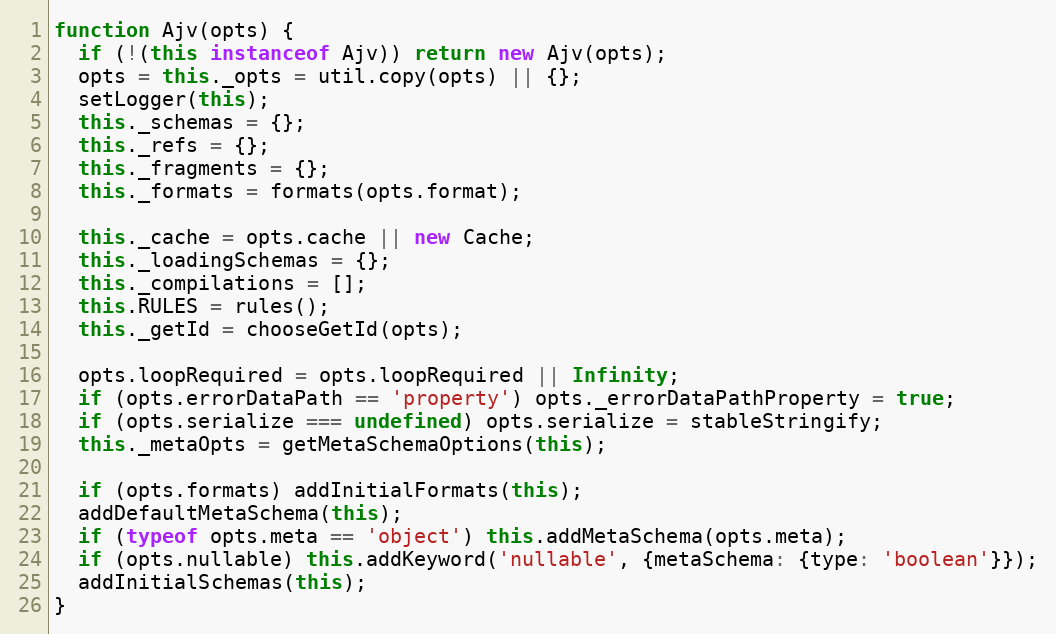
Language: JavaScript
function Ajv(opts) {
  if (!(this instanceof Ajv)) return new Ajv(opts);
  opts = this._opts = util.copy(opts) || {};
  setLogger(this);
  this._schemas = {};
  this._refs = {};
  this._fragments = {};
  this._formats = formats(opts.format);

  this._cache = opts.cache || new Cache;
  this._loadingSchemas = {};
  this._compilations = [];
  this.RULES = rules();
  this._getId = chooseGetId(opts);

  opts.loopRequired = opts.loopRequired || Infinity;
  if (opts.errorDataPath == 'property') opts._errorDataPathProperty = true;
  if (opts.serialize === undefined) opts.serialize = stableStringify;
  this._metaOpts = getMetaSchemaOptions(this);

  if (opts.formats) addInitialFormats(this);
  addDefaultMetaSchema(this);
  if (typeof opts.meta == 'object') this.addMetaSchema(opts.meta);
  if (opts.nullable) this.addKeyword('nullable', {metaSchema: {type: 'boolean'}});
  addInitialSchemas(this);
}